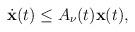
LaTeX: \begin{align*}\dot{\mathbf{x}}(t)\leq A_\nu(t)\mathbf{x}(t),\end{align*}